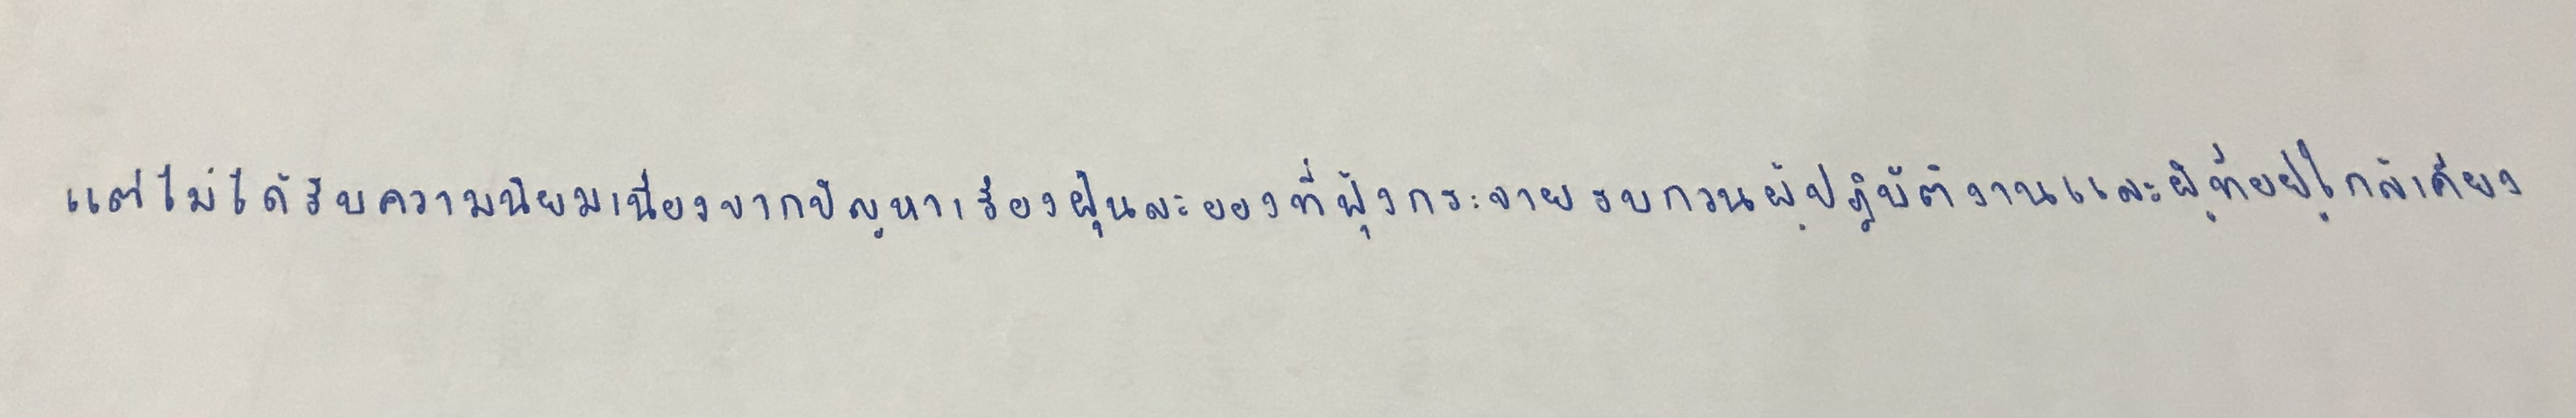
แต่ไม่ได้รับความนิยมเนื่องจากปัญหาเรื่องฝุ่นละอองที่ฟุ้งกระจายรบกวนผู้ปฏิบัติงานและผู้ที่อยู่ใกล้เคียง